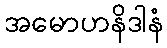
အမောဟနိဒါနံ